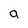
Character: a